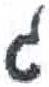
אות: ג